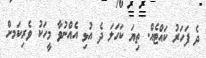
ދެ ފަހަރު ކައްޓެއް. ތިޔަ ކަހަލަ ދެ އުޅި އެއްނުވާ މީހަކު ވެރިކަމށް